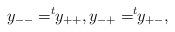
LaTeX: \begin{align*}y_{--}=^t\!\!y_{++}, y_{-+}=^t\!\!y_{+-},\end{align*}